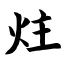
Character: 炷